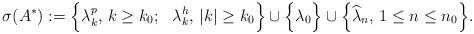
LaTeX: \begin{align*}\sigma(A^*) : = \Big\{\lambda^p_{k} , \, k \geq k_0; \ \ \lambda^h_k, \, |k|\geq k_0\Big\} \cup \Big\{\lambda_0\Big\} \cup \Big\{\widehat\lambda_n, \, 1\leq n \leq n_0 \Big\}.\end{align*}